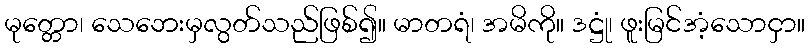
မုတ္တော၊ သေဘေးမှလွတ်သည်ဖြစ်၍။ မာတရံ၊ အမိကို။ ဒဋ္ဌုံ၊ ဖူးမြင်အံ့သောငှာ။